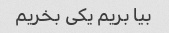
بیا بریم یکی بخریم